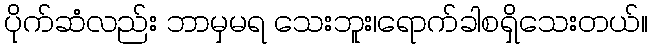
ပိုက်ဆံလည်း ဘာမှမရ သေးဘူး၊ရောက်ခါစရှိသေးတယ်။